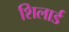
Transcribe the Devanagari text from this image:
शिलार्ड